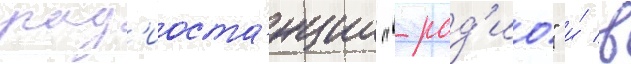
рад'иоста́нции "-рад'ио" и́ в